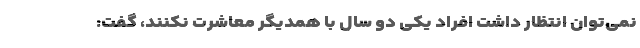
نمی‌توان انتظار داشت افراد یکی دو سال با همدیگر معاشرت نکنند، گفت: